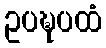
ဥပဍ္ဎပထံ